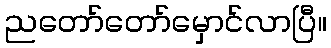
ညတော်တော်မှောင်လာပြီ။